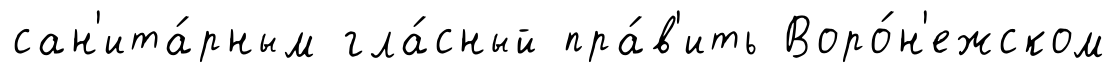
сан'ита́рным гла́сный пра́в'ить Воро́н'ежском